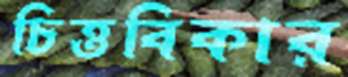
চিত্তবিকার